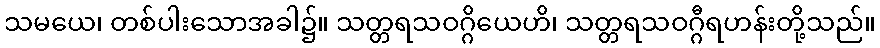
သမယေ၊ တစ်ပါးသောအခါ၌။ သတ္တရသဝဂ္ဂိယေဟိ၊ သတ္တရသဝဂ္ဂီရဟန်းတို့သည်။